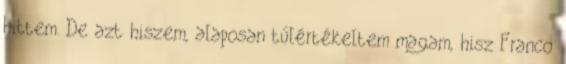
hittem. De azt hiszem, alaposan túlértékeltem magam, hisz Franco